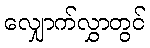
လျှောက်လွှာတွင်